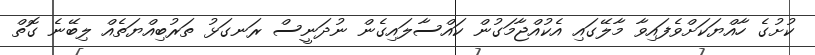
ކުށުގެ ހާއްޔަކަށްވެފައިވާ މާލޭގައި އެކުއްޖާމަގުން ކައްސާލައިގެން ނުދަނީސް ރަނގަޅު ތަރުބިއްޔަތެއް ލިބޭނެ ގޮތް